Annual administration and progress report of the Indian Medical Department, Bombay
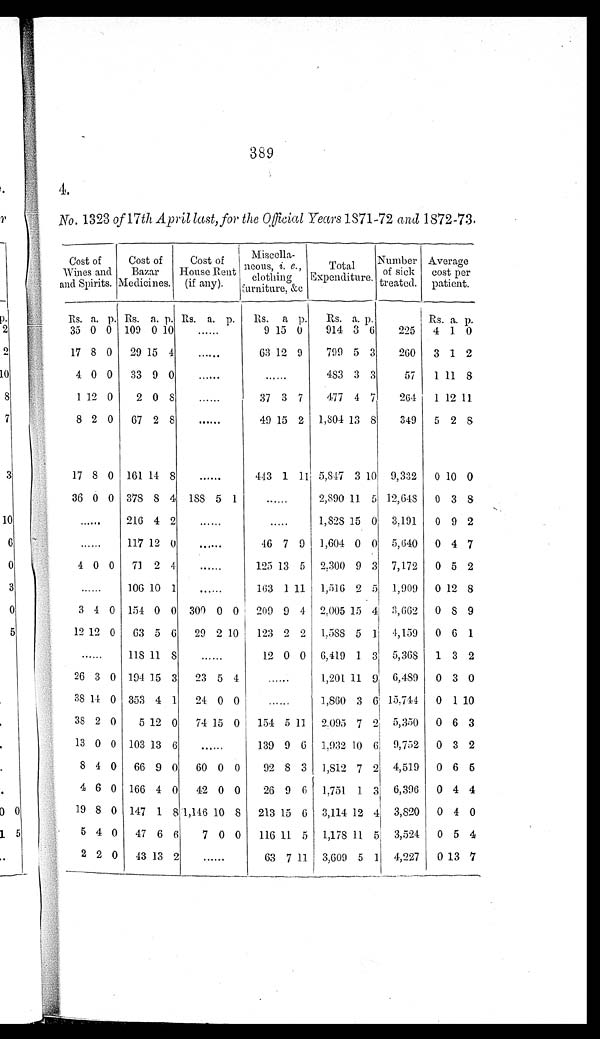
389
4.
No. 1323 of 17th April last, for the Official Years 1S71-72 and 1872-73.
Cost of
Wines and
and Spirits.
Cost of
Bazar
Medicines.
Cost of
House Rent
(if any).
Miseclla-
neous i. e.
clothing
f u r n i t u r e & c
Total
Expenditure.
Number
of sick
treated.
Average
cost per
patient.
Rs. a. p. Rs. a. p. Rs. a. p.
Rs. a. p.
Rs. a. p.
Rs. a. p.
225
35 0 0 109 0 10
. . .
9 15 0
914 3 6
4 1 0
17 8 0
29 15 4
. . .
63 12 9
799 5 3
260
3 1 2
4 0 0
33 9 0
. . .
. . .
483 3 3
57
1 11 8
1 12 0
2 0 8
. . .
37 3 7
477 4 7
264
1 12 11
8 2 0
67 2 8
. . .
49 15 2 1,804 13 8
349
5 2 8
17 8 0 161 11 8
. . .
443 1 11 5,847 3 10 9,332
0 10 0
36 0 0 378 8 4 188 5 1
. . . 2,890 11 5 12,648 0 3 8
. . .
216 4 2
. . .
. . . 1,828 15 0 3,191
0 9 2
. . .
117 12 0
. . .
46 7 9 1,604 0 0 5,640
0 4 7
4 0 0
71 2 4
. . .
125 13 5 2,300 9 3 7,172
0 5 2
. . .
106 10 1
. . .
163 1 11 1,516 2 5 1,909
0 12 8
3
4 0 154 0 0 300 0 0
209 9 4 2,005 15 4 3,662
0
8 9
12 12 0
63 5 6
29 2 10
123 2 2 1,588 5 1 4,159
0 6 1
. . .
118 11
8
. . .
12 0 0 6,419 1 3 5,368 1 3 2
26 3 0 194 15 3
23 5 4
. . . 1,201 11 9 6,489
0 3 0
38 14 0 353 4 1
24 0 0
. . . 1,860 3 6 15,744
0 1 10
38 2 0
5 12 0
74 15
0
154 5 11 2.095 7 2 5,350
0 6 3
13 0 0 103 13 6
. . .
139 9 6 1,932 10 6 9,752
0 3 2
8 4 0
66 9 0
60 0 0
92
8 3 1,812 7 2 4,519
0 6
5
4 6 0 166 4 0
42 0 0
26 9 6 1,751 1 3 6,396
0 4 4
19 8 0 147 1
8 1,146 10 8
213 15 6 3,114 12 4 3,820
0 4 0
5 4 0
47 6 6
7
0 0
116 11 5 1,178 11
5 3,524
0 5 4
2 2 0
43 13 2
. . .
63
7 11 3,609 5 1 4,227
0
13
7